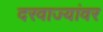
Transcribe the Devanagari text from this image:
दरवाज्यांवर